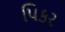
પિકર